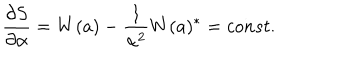
\frac { \partial S } { \partial \alpha } = W ( a ) - \frac { 1 } { \alpha ^ { 2 } } W ( a ) ^ { \ast } = c o n s t .